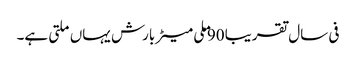
فی سال تقریبا 90 ملی میٹر بارش یہاں ملتی ہے۔